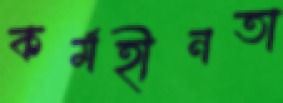
কর্মহীনতা